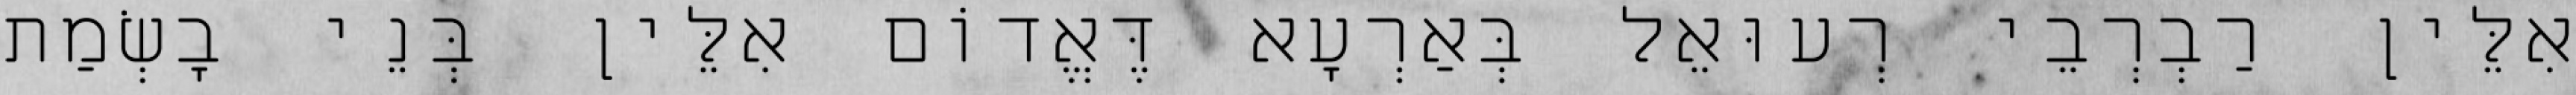
אִלֵּין רַבְרְבֵי רְעוּאֵל בְּאַרְעָא דֶּאֱדוֹם אִלֵּין בְּנֵי בָשְׂמַת